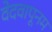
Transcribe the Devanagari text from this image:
वेदवापूनम